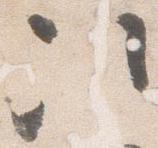
次